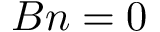
B n = 0